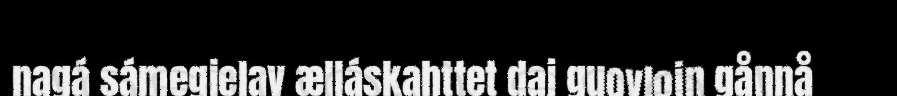
nagá sámegielav ælláskahttet daj guovlojn gånnå